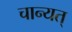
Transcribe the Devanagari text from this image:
चान्यत्